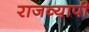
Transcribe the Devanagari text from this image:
राजव्यापी